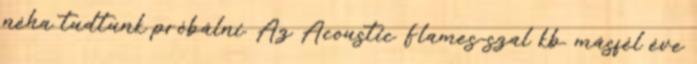
néha tudtunk próbálni. Az Acoustic Flames-szal kb. másfél éve